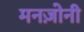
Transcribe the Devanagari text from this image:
मनज़ोनी